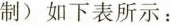
制)如下表所示：